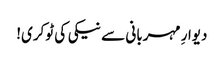
دیوارِ مہربانی سے نیکی کی ٹوکری!